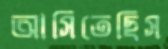
আসিতেছিস